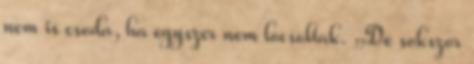
nem is csoda, ha egyszer nem locsoltak. „De sokszor